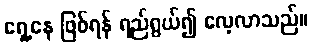
ရှေ့နေ ဖြစ်ရန် ရည်ရွယ်၍ လေ့လာသည်။